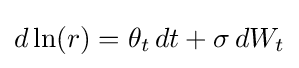
d\ln(r)=\theta _{t}\,dt+\sigma \,dW_{t}